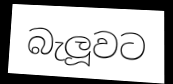
බැලූවට